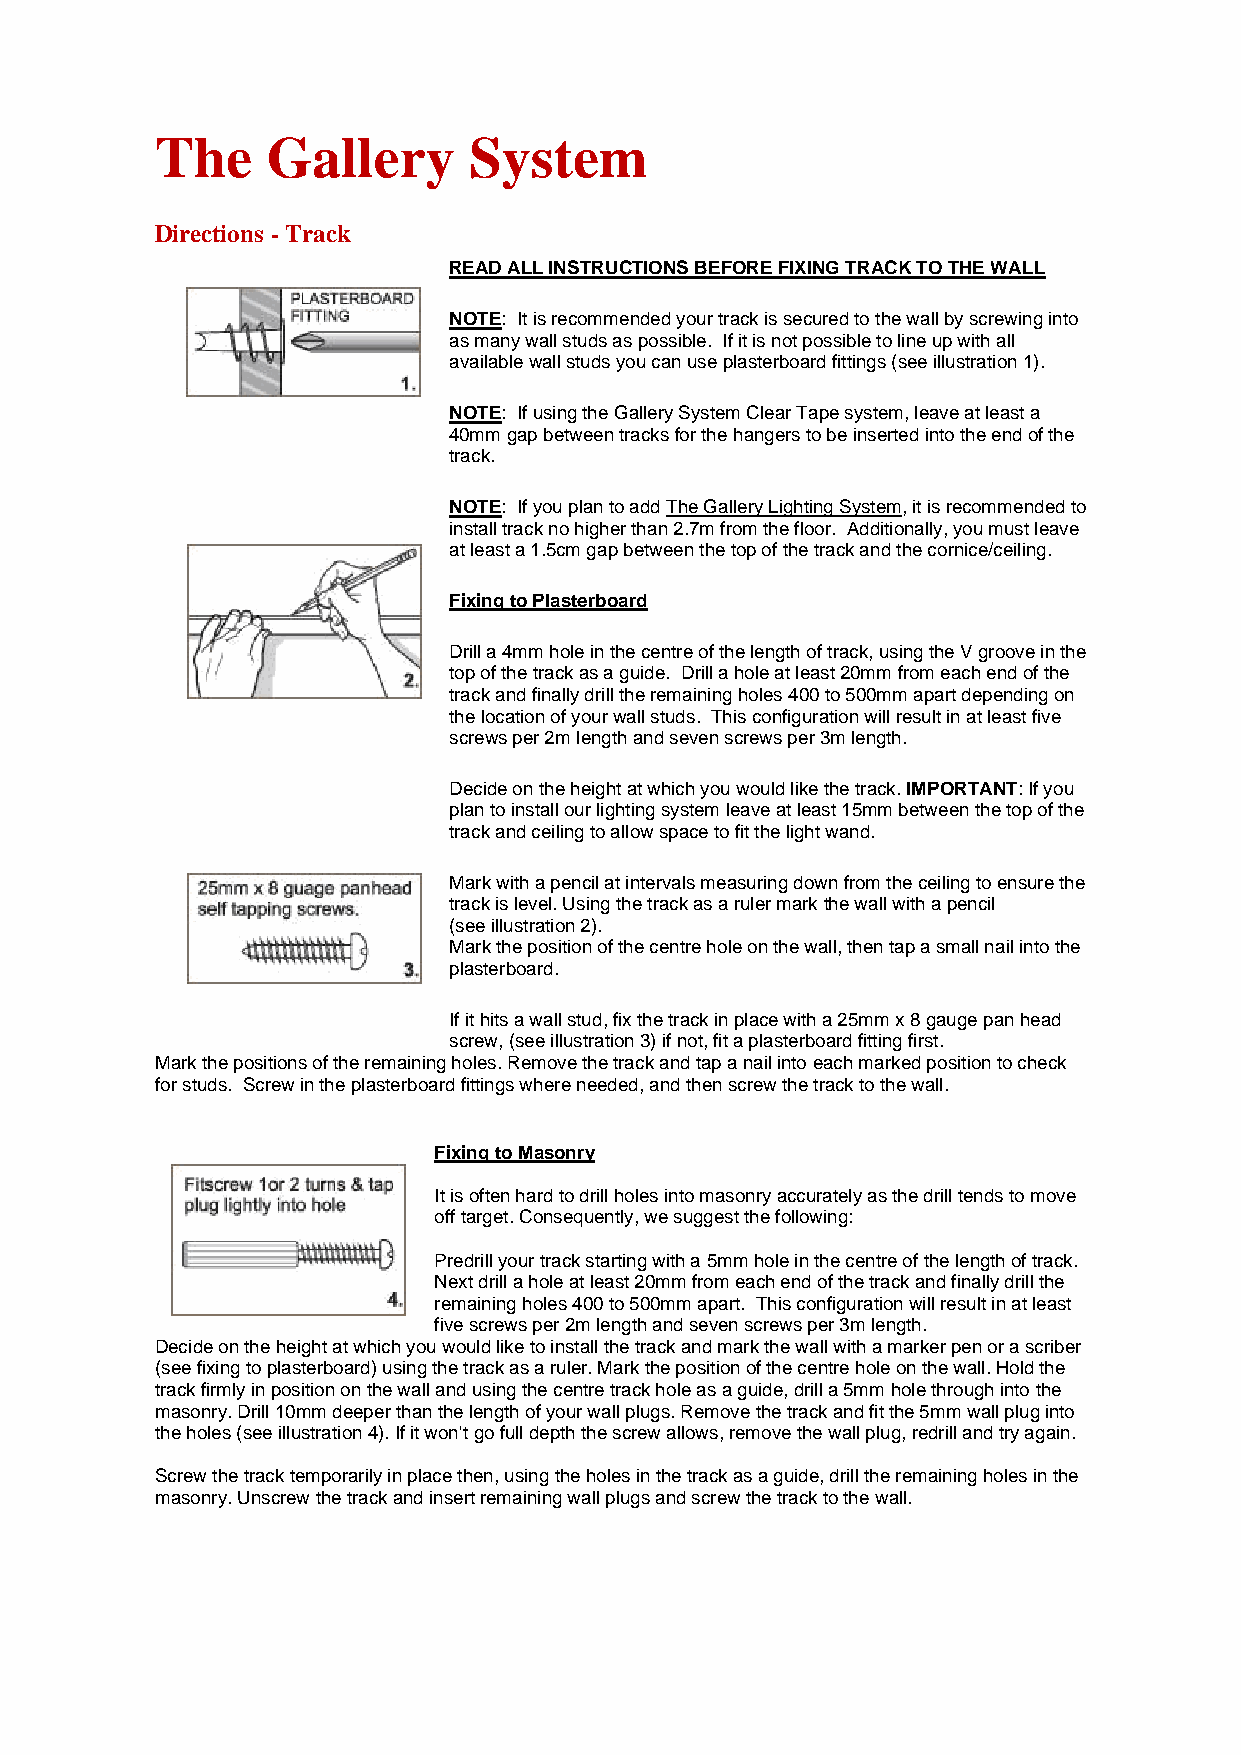
The     Gallery      System
 Directions - Track
 READ ALL INSTRUCTIONS BEFORE FIXING TRACK TO THE WALL
 NOTE: It is recommended your track is secured to the wall by screwing into
 as many wall studs as possible. If it is not possible to line up with all
 available wall studs you can use plasterboard fittings (see illustration 1).
 NOTE: If using the Gallery System Clear Tape system, leave at least a
 40mm gap between tracks for the hangers to be inserted into the end of the
 track.
 NOTE: If you plan to add The Gallery Lighting System, it is recommended to
 install track no higher than 2.7m from the floor. Additionally, you must leave
 at least a 1.5cm gap between the top of the track and the cornice/ceiling.
 Fixing to Plasterboard
 Drill a 4mm hole in the centre of the length of track, using the V groove in the
 top of the track as a guide. Drill a hole at least 20mm from each end of the
 track and finally drill the remaining holes 400 to 500mm apart depending on
 the location of your wall studs. This configuration will result in at least five
 screws per 2m length and seven screws per 3m length.
 Decide on the height at which you would like the track. IMPORTANT: If you
 plan to install our lighting system leave at least 15mm between the top of the
 track and ceiling to allow space to fit the light wand.
 Mark with a pencil at intervals measuring down from the ceiling to ensure the
 track is level. Using the track as a ruler mark the wall with a pencil
 (see illustration 2).
 Mark the position of the centre hole on the wall, then tap a small nail into the
 plasterboard.
 If it hits a wall stud, fix the track in place with a 25mm x 8 gauge pan head
 s crew, (see illustration 3) if not, fit a plasterboard fitting first.
 Mark the positions of the remaining holes. Remove the track and tap a nail into each marked position to check
 for studs. Screw in the plasterboard fittings where needed, and then screw the track to the wall.
 Fixing to Masonry
 It is often hard to drill holes into masonry accurately as the drill tends to move
 off target. Consequently, we suggest the following:
 Predrill your track starting with a 5mm hole in the centre of the length of track.
 Next drill a hole at least 20mm from each end of the track and finally drill the
 remaining holes 400 to 500mm apart. This configuration will result in at least
 f ive screws per 2m length and seven screws per 3m length.
 Decide on the height at which you would like to install the track and mark the wall with a marker pen or a scriber
 (see fixing to plasterboard) using the track as a ruler. Mark the position of the centre hole on the wall. Hold the
 track firmly in position on the wall and using the centre track hole as a guide, drill a 5mm hole through into the
 masonry. Drill 10mm deeper than the length of your wall plugs. Remove the track and fit the 5mm wall plug into
 the holes (see illustration 4). If it won't go full depth the screw allows, remove the wall plug, redrill and try again.
 Screw the track temporarily in place then, using the holes in the track as a guide, drill the remaining holes in the
 masonry. Unscrew the track and insert remaining wall plugs and screw the track to the wall.